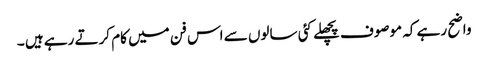
واضح رہے کہ موصوف پچھلے کئی سالوں سے اس فن میں کام کرتے رہے ہیں ۔